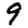
Digit: 9